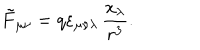
\tilde { F } _ { \mu \nu } = q \varepsilon _ { \mu \nu \lambda } \, \frac { x _ { \lambda } } { r ^ { 3 } } .